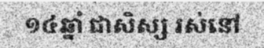
១៤ឆ្នាំ ជាសិស្ស រស់នៅ